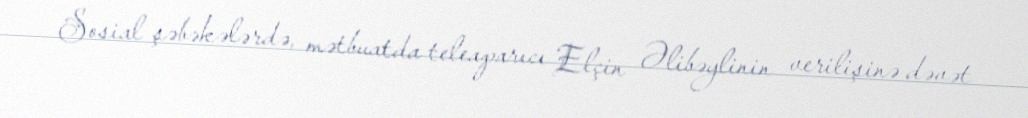
Sosial şəbəkələrdə, mətbuatda teleaparıcı Elçin Əlibəylinin verilişinə dəvət